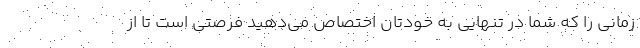
زمانی را که شما در تنهایی به خودتان اختصاص می‌دهید فرصتی است تا از